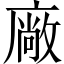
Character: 廠